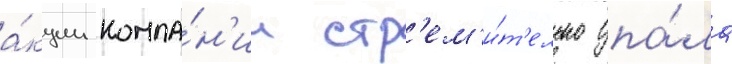
а́кции компа́н'ии стр'ем'и́т'ельно упа́ла